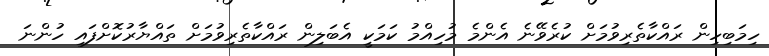
ހިމަބިހިން ރައްކާތެރިވުމަށް ކުރެވޭނެ އެންމެ މުހިއްމު ކަމަކީ އެބަލިން ރައްކާތެރިވުމަށް ތައްޔާރުކޮށްފައި ހުންނަ